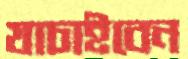
যাচাইবেন